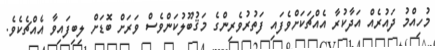
މުހިއްމު ދައުރެއް އަދާކުރާ އެއްޗަކަށްވެފައި ފަތުރުވެރިންގެ މަޤުބޫލުކަންވެސް ވަރަށް ބޮޑަށް ލިބިފައިވާ އެއްޗެކެވެ.